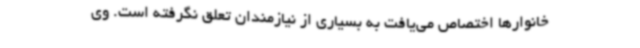
خانوارها اختصاص می‌یافت به بسیاری از نیازمندان تعلق نگرفته است. وی